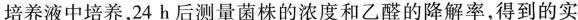
培养液中培养，24h后测量菌株的浓度和乙醛的降解率，得到的实